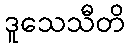
ဒူသေသီတိ